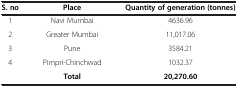
<table><thead><tr><td><b>S. no</b></td><td><b>Place</b></td><td><b>Quantity of generation (tonnes)</b></td></tr></thead><tbody><tr><td>1</td><td>Navi Mumbai</td><td>4636.96</td></tr><tr><td>2</td><td>Greater Mumbai</td><td>11,017.06</td></tr><tr><td>3</td><td>Pune</td><td>3584.21</td></tr><tr><td>4</td><td>Pimpri-Chinchwad</td><td>1032.37</td></tr><tr><td> </td><td><b>Total</b></td><td><b>20,270.60</b></td></tr></tbody></table>